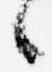
々